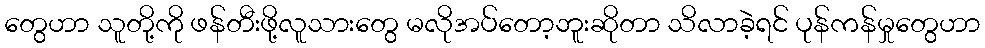
တွေဟာ သူတို့ကို ဖန်တီးဖို့လူသားတွေ မလိုအပ်တော့ဘူးဆိုတာ သိလာခဲ့ရင် ပုန်ကန်မှုတွေဟာ